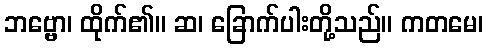
ဘဗ္ဗော၊ ထိုက်၏။ ဆ၊ ခြောက်ပါးတို့သည်။ ကတမေ၊